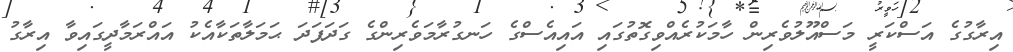
އިރާގުގެ އަސްކަރީ މަސްއޫލުވެރިން ހާމަކުރެއްވިގޮތުގައި އައިއެސްގެ ހަނގުރާމަވެރިންގެ ގަދަފަދަ ޙަމަލާތަކާއެކު އައްރަމާދީގައިވާ އިރާގު